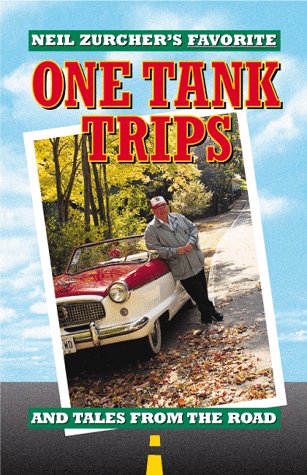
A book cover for Neil Zurcher's Favorite One Tank Trips; Neil Zurcher; Travel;